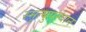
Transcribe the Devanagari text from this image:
स्मृत्युपस्थान